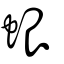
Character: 蛝